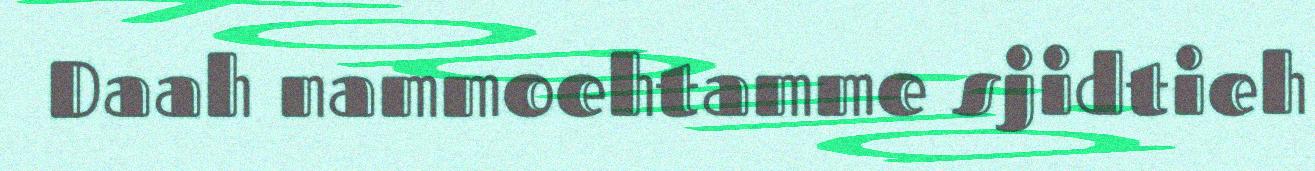
Daah nammoehtamme sjidtieh